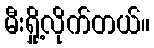
မီးရှို့လိုက်တယ်။